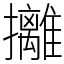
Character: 攡